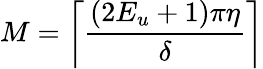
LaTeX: M=\left\lceil\frac{(2E_{u}+1)\pi\eta}{\delta}\right\rceil